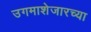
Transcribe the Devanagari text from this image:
उगमाशेजारच्या